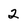
Character: 2